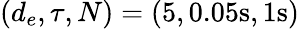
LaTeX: (d_{e},\tau,N)=(5,0.05\mathrm{s},1\mathrm{s})